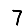
Digit: 7